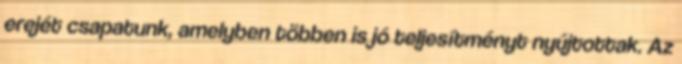
erejét csapatunk, amelyben többen is jó teljesítményt nyújtottak. Az